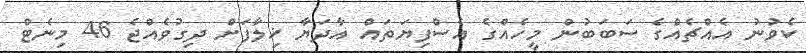
ކެވުނު އެއްޗެއްގެ ސަބަބުން މީހެއްގެ އެސްފިޔަތައް އާދަޔާ ޚިލާފަށް ދިގުވެއްޖެ 46 މިނެޓް